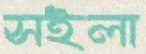
সইলা